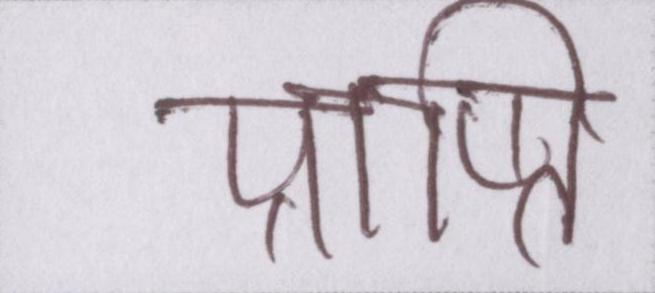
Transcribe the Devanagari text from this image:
प्राप्ति